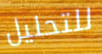
للتحليل